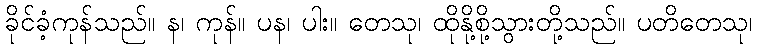
ခိုင်ခံ့ကုန်သည်။ န၊ ကုန်။ ပန၊ ပါး။ တေသု၊ ထိုနို့စို့သွားတို့သည်။ ပတိတေသု၊